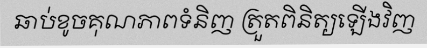
ឆាប់ខូចគុណភាពទំនិញ ត្រួតពិនិត្យឡើងវិញ